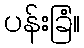
ပန်းခြံ။